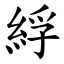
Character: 綒